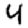
Digit: 4